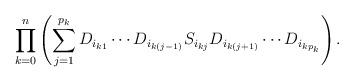
LaTeX: \begin{align*}\prod\limits_{k = 0}^n \left(\sum\limits_{j = 1}^{p_k} D_{i_{k1}}\cdots D_{i_{k(j-1)}}S_{i_{kj}}D_{i_{k(j+1)}}\cdots D_{i_{kp_k}} \right). \end{align*}